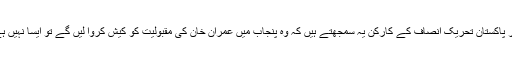
اگر پاکستان تحریک انصاف کے کارکن یہ سمجھتے ہیں کہ وہ پنجاب میں عمران خان کی مقبولیت کو کیش کروا لیں گے تو ایسا نہیں ہے۔